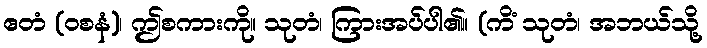
ဧတံ (ဝစနံ)၊ ဤစကားကို။ သုတံ၊ ကြားအပ်ပါ၏။ (ကိံ သုတံ၊ အဘယ်သို့